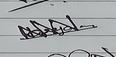
Signature authenticity: genuine